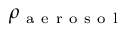
\rho _ { \mathrm { ~ a ~ e ~ r ~ o ~ s ~ o ~ l ~ } }